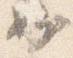
妙